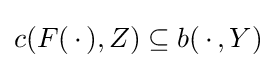
c(F(\,\cdot \,),Z)\subseteq b(\,\cdot \,,Y)